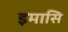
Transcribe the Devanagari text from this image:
इमासि